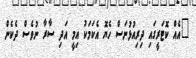
"އެއް ކޮޓަރީގައި ދިރިއުޅުނަސް ހެޔޮ އެކަމަކު އިމީ އަދި ސާރާ ނުވެސް ދެކެން